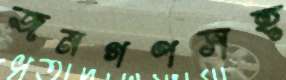
জনগণসহ